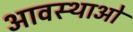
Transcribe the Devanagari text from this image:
आवस्थाओं